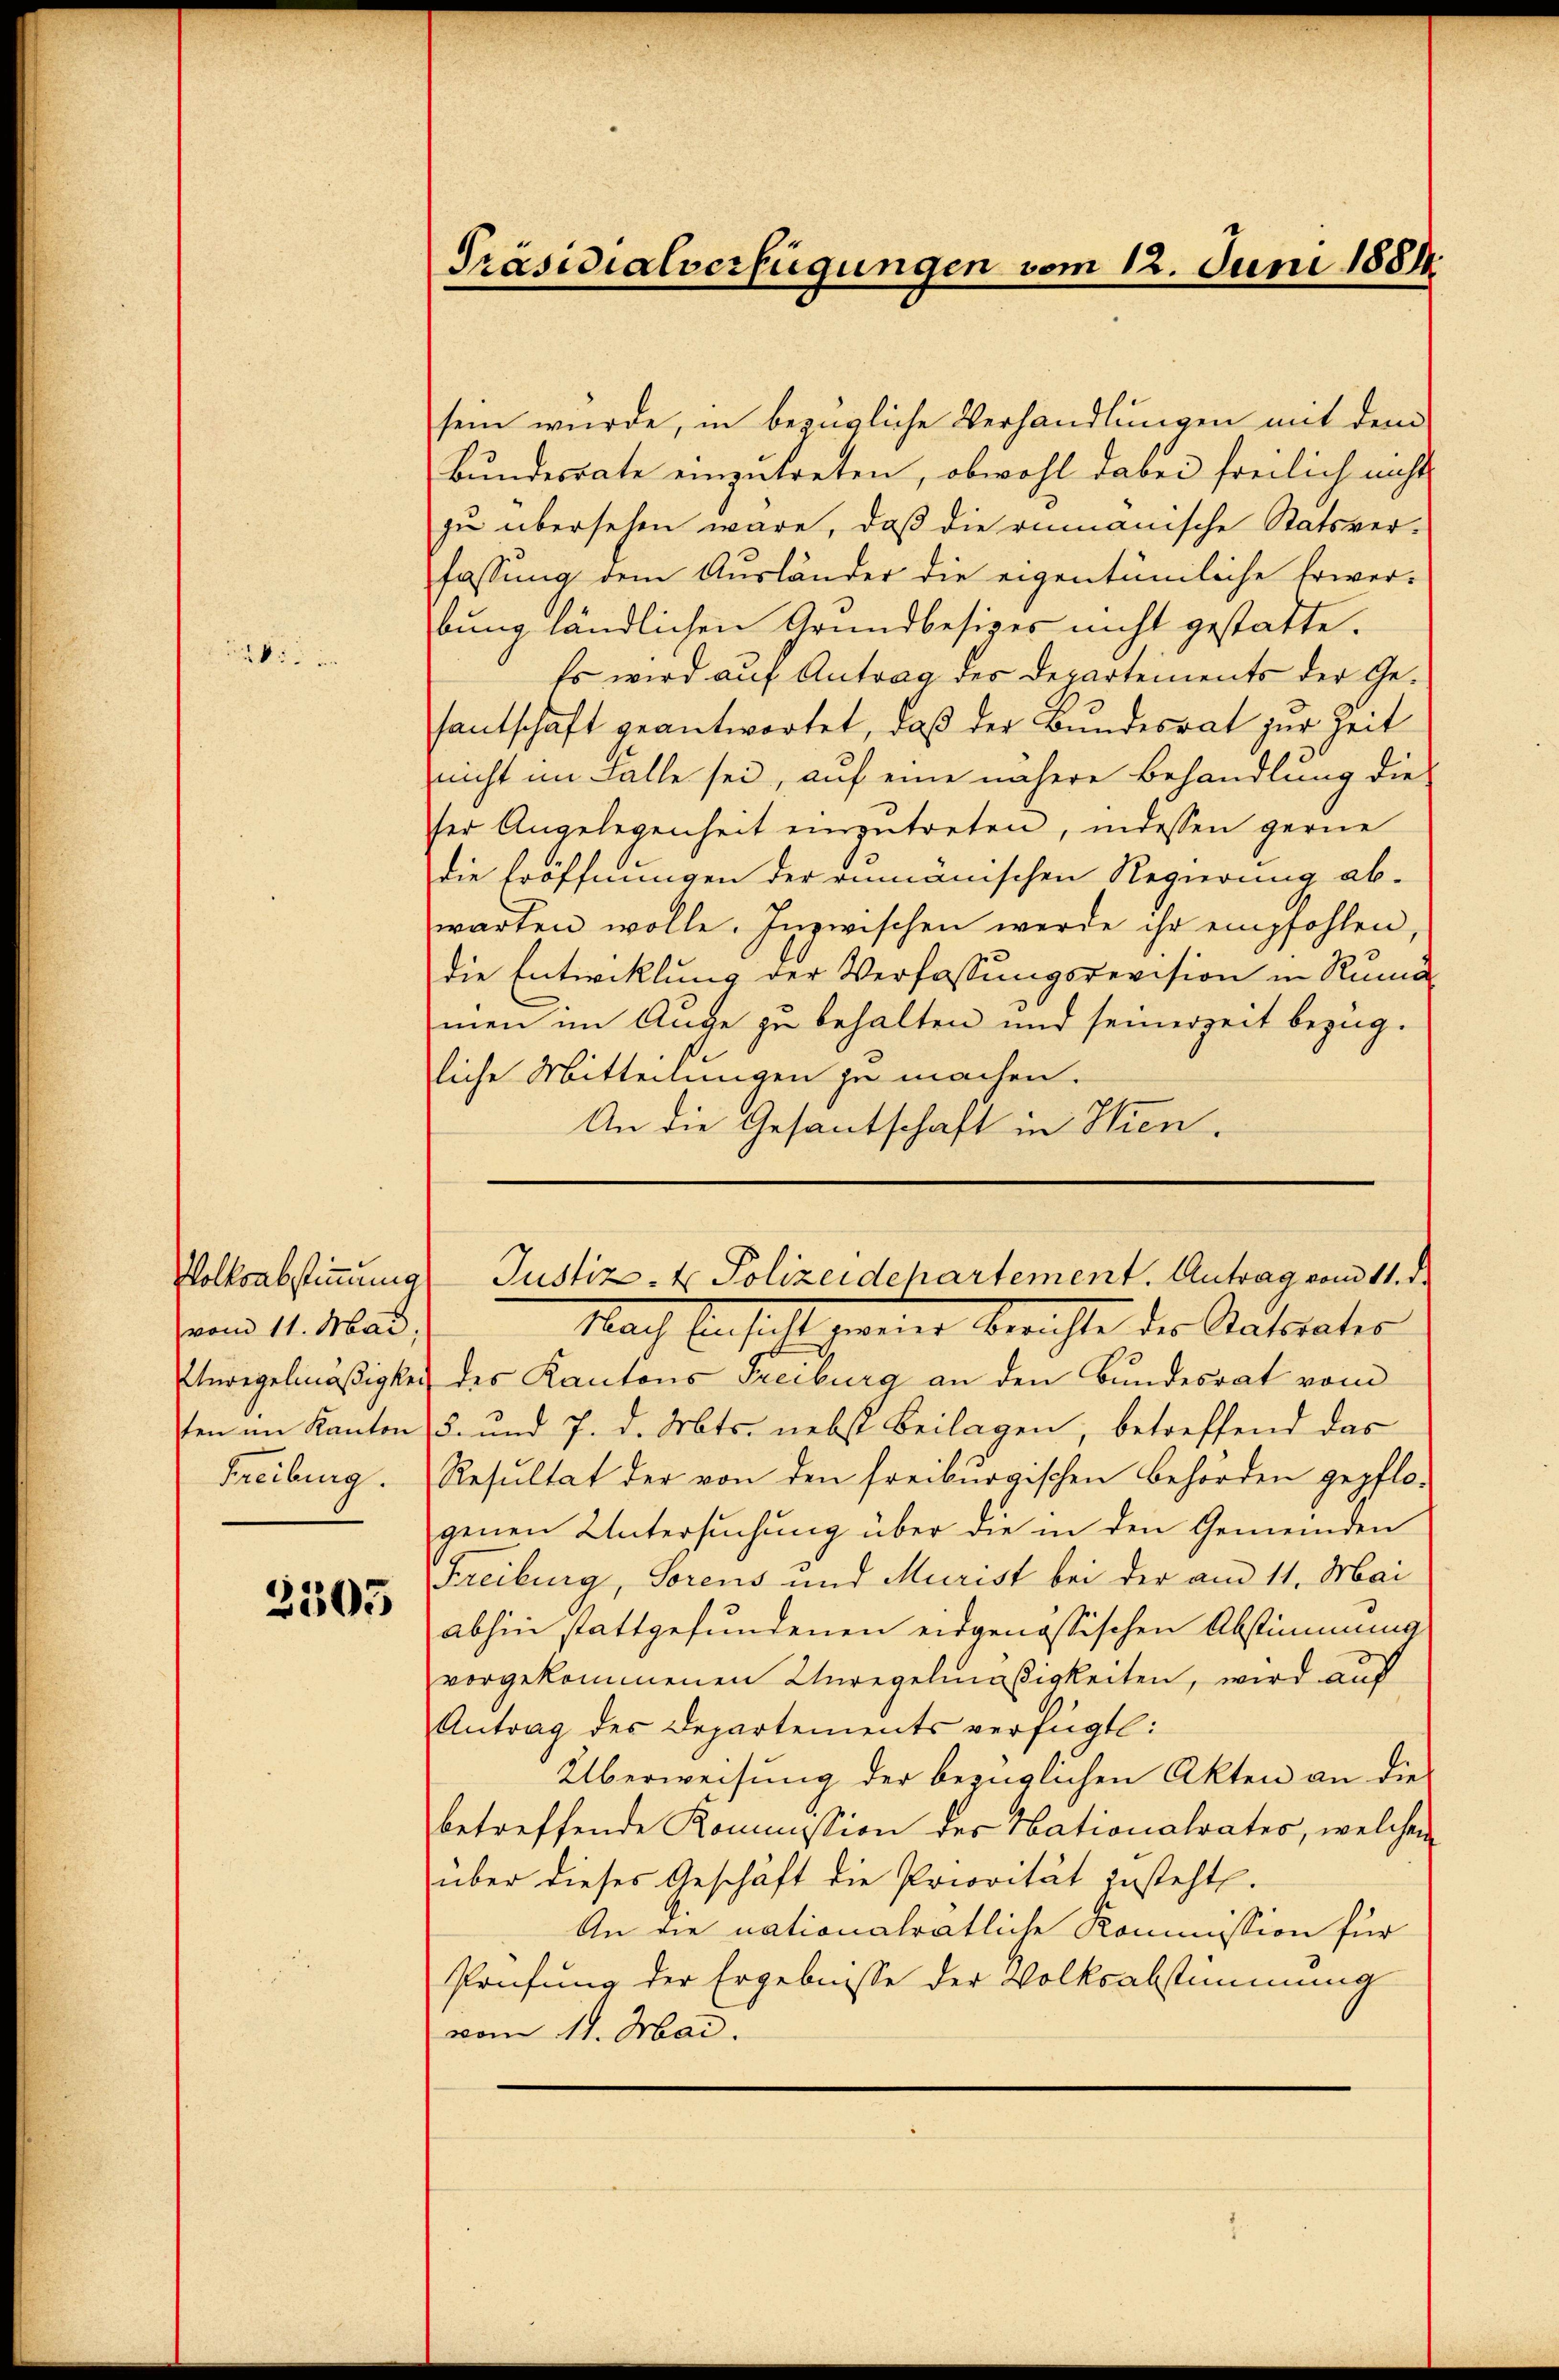
:

vom 11. Mai.
Freiburg.

2305

sein würde, in bezügliche Verhandlungen mit dem
Bundesrate einzutreten, obwohl dabei freilich nicht
zu übersehen wäre, daß die rumänische Statsver-
fassung dem Ausländer die eigentümliche Erwer-
bung ländlichen Grundbesizes nicht gestatte.
Es wird auf Antrag des Departements der Gesantschaft geantwortet, daβ der Bundesrat zur Zeit
nicht im Falle sei, auf eine nähere Behandlung die
ser Angelegenheit einzŭtreten, indessen gerne
die Eröffnungen der rumänischen Regierung ab-
warten wolle. Inzwischen werde ihr empfohlen,
die Entwicklung der Verfassungsrevision in Ruma
men im Auge zu behalten und seinerzeit bezug.
liche Mitteilungen zu machen.
An die Gesantschaft in Hien

Präsidialverfügungen vom 12. Juni 1884.

Volksabstimmung Justiz- & Polizeidepartement. Antrag vom 11. d.

Nach Einsicht gereier berichte der Ratspater
Anregelmäßigkeit des Kantons Freiburg an den Bundesrat vom
ten im Kanton 5. und 7. d. Mts. nebst Beilagen, betreffend das
Resultat der von den freiburgischen Behörden gepflo-
genen Untersuchung über die in den Gemeinden
Freiburg, Sorens und Murist bei der am 11. Mai
abhin stattgefundenen eidgenössischen Abstimmung
vorgekommenen Unregelmäßigkeiten, wird auf
Antrag des Departements verfügt:
Überweisung der bezüglichen Akten an die
betreffende Kommission des Nationalrates, welchen
über dieses Geschäft die Priorität zusteht.
An die nationalrätliche Kommission für
Prüfung der Ergebnisse der Volksabstimmung
vom 11. Mai.